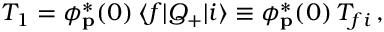
T _ { 1 } = \phi _ { \bf p } ^ { * } ( 0 ) \, \langle f | Q _ { + } | i \rangle \equiv \phi _ { \bf p } ^ { * } ( 0 ) \, T _ { f i } \, ,